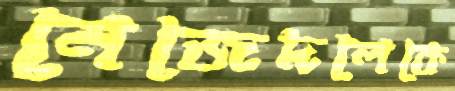
নেজেদলেকে